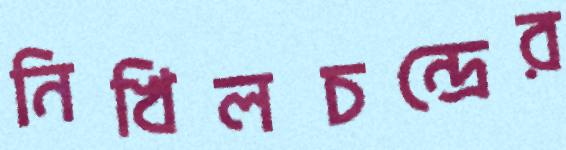
নিখিলচন্দ্রের